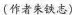
〔作者朱铁志)